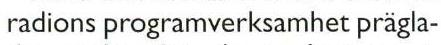
radions programverksamhet prägla-